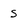
Character: s